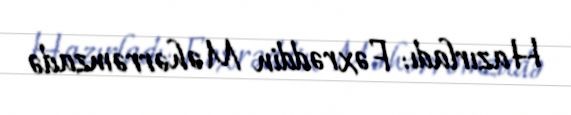
Hazırladı: Fəxrəddin Məhərrəmzadə